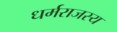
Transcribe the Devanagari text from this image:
धर्मराजस्य